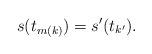
LaTeX: \begin{align*}s(t_{m(k)})=s'(t_{k'}).\end{align*}